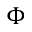
\boldsymbol { \Phi }